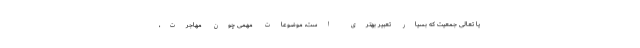
یا تعالی جمعیت که بسیار تعبیر بهتری است، موضوعات مهمی چون مهاجرت،